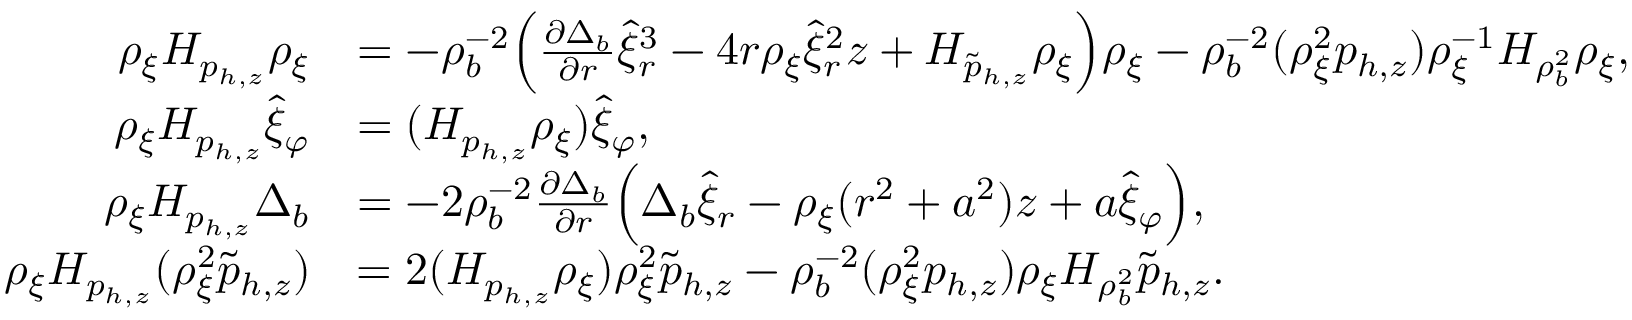
\begin{array} { r l } { \rho _ { \xi } H _ { p _ { h , z } } \rho _ { \xi } } & { = - \rho _ { b } ^ { - 2 } \Big ( \frac { \partial \Delta _ { b } } { \partial r } \hat { \xi } _ { r } ^ { 3 } - 4 r \rho _ { \xi } \hat { \xi } _ { r } ^ { 2 } z + H _ { \tilde { p } _ { h , z } } \rho _ { \xi } \Big ) \rho _ { \xi } - \rho _ { b } ^ { - 2 } ( \rho _ { \xi } ^ { 2 } p _ { h , z } ) \rho _ { \xi } ^ { - 1 } H _ { \rho _ { b } ^ { 2 } } \rho _ { \xi } , } \\ { \rho _ { \xi } H _ { p _ { h , z } } \hat { \xi } _ { \varphi } } & { = ( H _ { p _ { h , z } } \rho _ { \xi } ) \hat { \xi } _ { \varphi } , } \\ { \rho _ { \xi } H _ { p _ { h , z } } \Delta _ { b } } & { = - 2 \rho _ { b } ^ { - 2 } \frac { \partial \Delta _ { b } } { \partial r } \Big ( \Delta _ { b } \hat { \xi } _ { r } - \rho _ { \xi } ( r ^ { 2 } + a ^ { 2 } ) z + a \hat { \xi } _ { \varphi } \Big ) , } \\ { \rho _ { \xi } H _ { p _ { h , z } } ( \rho _ { \xi } ^ { 2 } \tilde { p } _ { h , z } ) } & { = 2 ( H _ { p _ { h , z } } \rho _ { \xi } ) \rho _ { \xi } ^ { 2 } \tilde { p } _ { h , z } - \rho _ { b } ^ { - 2 } ( \rho _ { \xi } ^ { 2 } p _ { h , z } ) \rho _ { \xi } H _ { \rho _ { b } ^ { 2 } } \tilde { p } _ { h , z } . } \end{array}